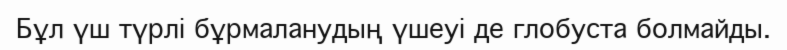
Бұл үш түрлі бұрмаланудың үшеуі де глобуста болмайды.